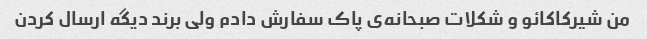
من شیرکاکائو و شکلات صبحانه‌ی پاک سفارش دادم ولی برند دیگه ارسال کردن